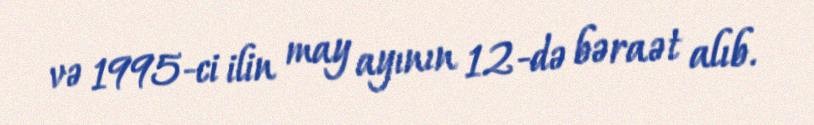
və 1995-ci ilin may ayının 12-də bəraət alıb.